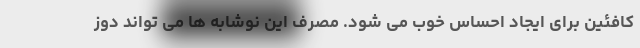
کافئین برای ایجاد احساس خوب می شود. مصرف این نوشابه ها می تواند دوز